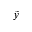
\tilde { y }